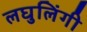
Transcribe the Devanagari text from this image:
लघुलिंगी